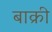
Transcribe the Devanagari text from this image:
बाक्री